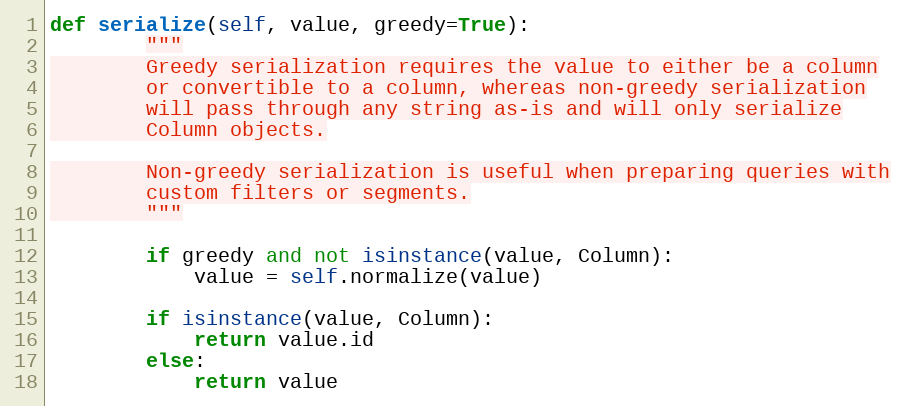
Language: Python
def serialize(self, value, greedy=True):
        """
        Greedy serialization requires the value to either be a column
        or convertible to a column, whereas non-greedy serialization
        will pass through any string as-is and will only serialize
        Column objects.

        Non-greedy serialization is useful when preparing queries with
        custom filters or segments.
        """

        if greedy and not isinstance(value, Column):
            value = self.normalize(value)

        if isinstance(value, Column):
            return value.id
        else:
            return value